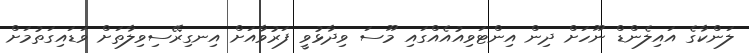
ލަންކާގެ އައިލެންޑް ނޫހަށް ދިން އިންޓަވިއުއެއްގައި މޫސަ ވިދާޅުވީ ފަރުވާއަށް އިނގިރޭސިވިލާތަށް ވަޑައިގަތުމަށް